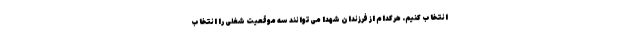
انتخاب کنیم. هرکدام از فرزندان شهدا می‌توانند سه موقعیت شغلی را انتخاب